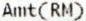
AMT(RM)